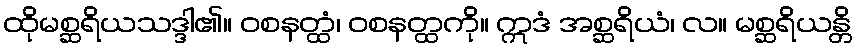
ထိုမစ္ဆရိယသဒ္ဒါ၏။ ဝစနတ္ထံ၊ ဝစနတ္ထကို။ ဣဒံ အစ္ဆရိယံ၊ လ။ မစ္ဆရိယန္တိ